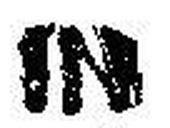
IN